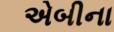
એબીના